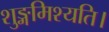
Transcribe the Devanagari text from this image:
शुङ्गमिश्यति।